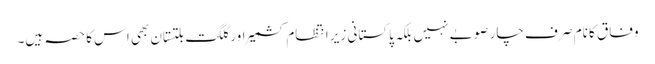
وفاق کا نام صر ف چار صوبے نہیں بلکہ پاکستانی زیر انتظام کشمیر اور گلگت بلتستان بھی اس کا حصہ ہیں۔